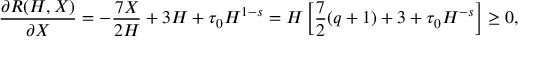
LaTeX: \frac { \partial R ( H , X ) } { \partial X } = - \frac { 7 X } { 2 H } + 3 H + \tau _ { 0 } H ^ { 1 - s } = H \left[ \frac 7 2 ( q + 1 ) + 3 + \tau _ { 0 } H ^ { - s } \right] \geq 0 ,